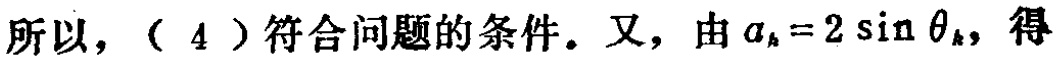
所以，（4）符合问题的条件. 又，由\(a_{k}=2\sin\theta_{k}\)，得